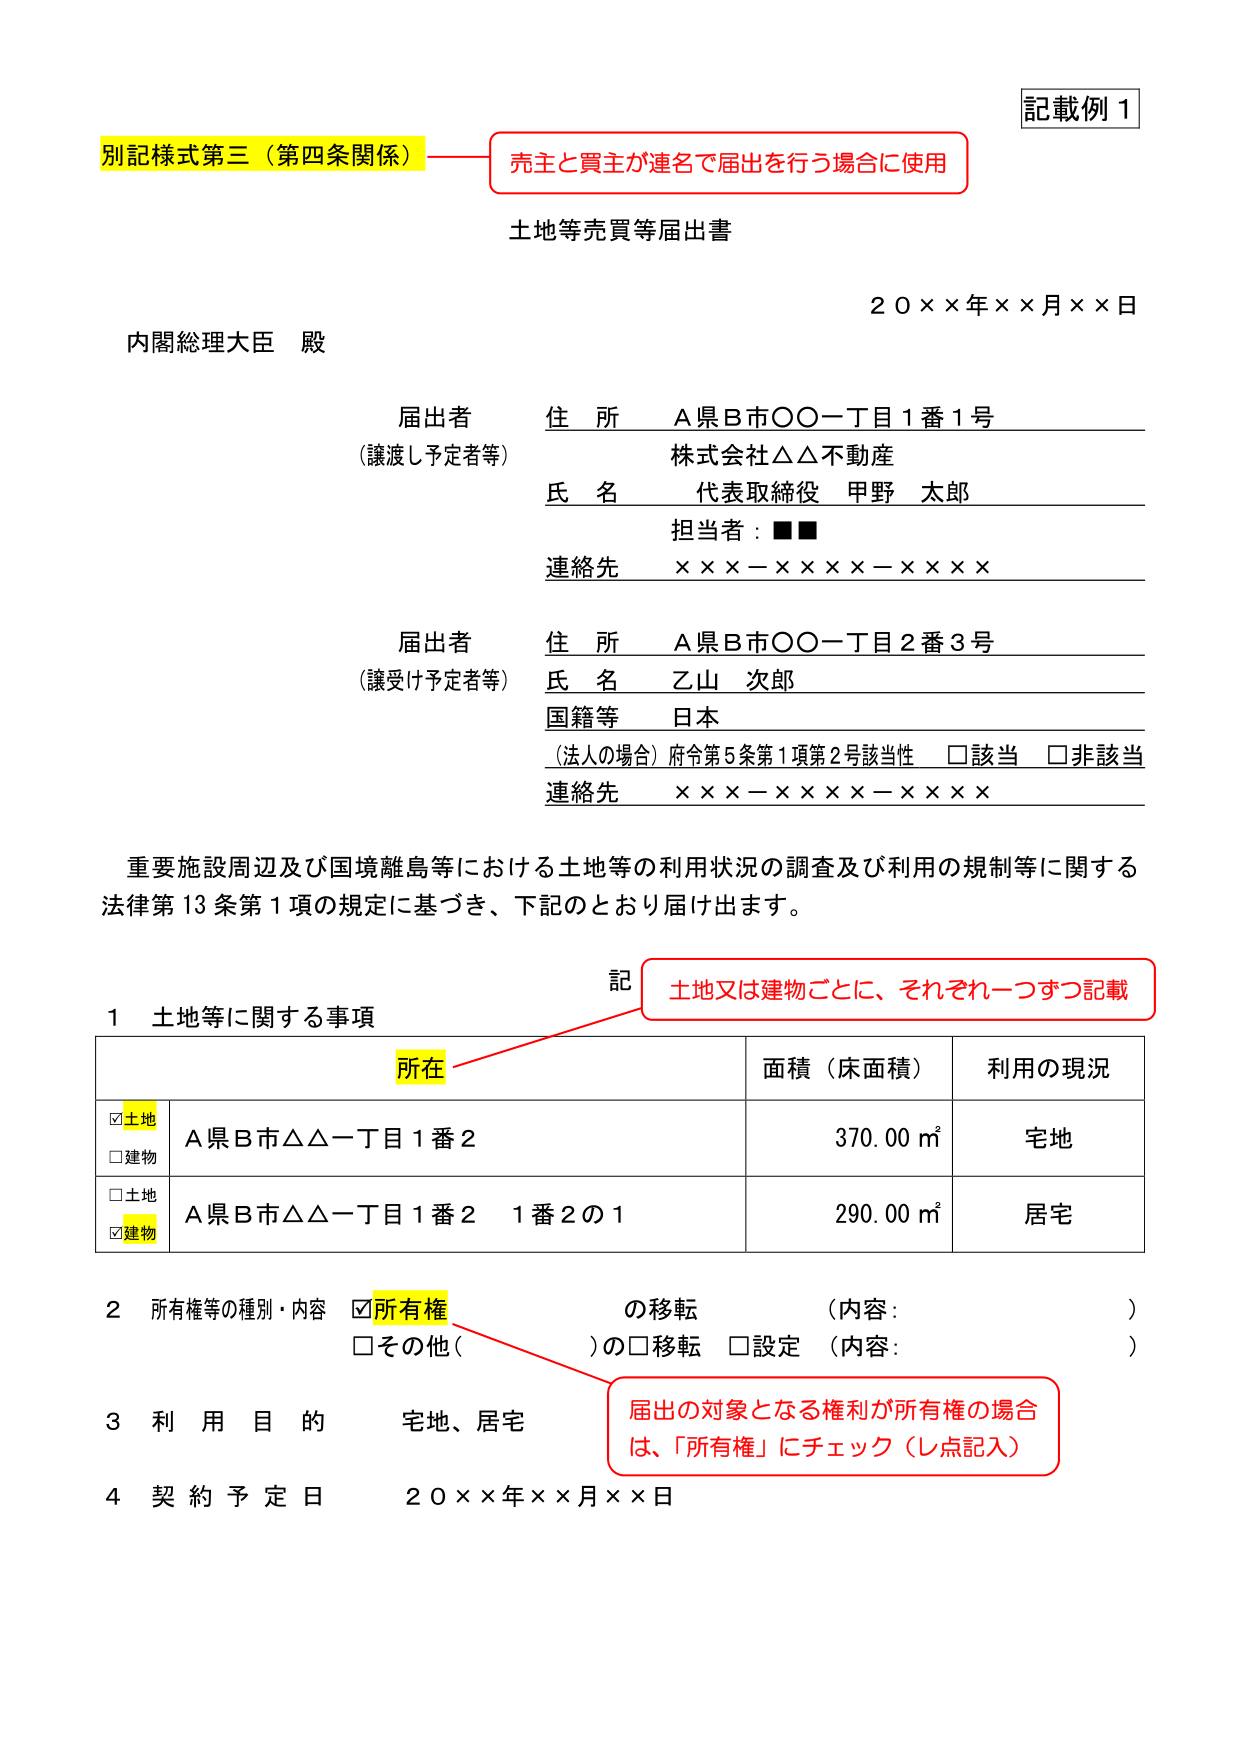
記載例１
別記様式第三（第四条関係）——売主と買主が連名で届出を行う場合に使用
土地等売買等届出書
２０××年××月××日
内閣総理大臣 殿

届出者
（譲渡し予定者等）
住所　Ａ県Ｂ市〇〇一丁目１番１号
株式会社△△不動産
氏名　代表取締役　甲野　太郎
担当者：■■
連絡先　×××－××××－××××

届出者
（譲受け予定者等）
住所　Ａ県Ｂ市〇〇一丁目２番３号
氏名　乙山　次郎
国籍等　日本
（法人の場合）府令第５条第１項第２号該当性　□該当　□非該当
連絡先　×××－××××－××××

重要施設周辺及び国境離島等における土地等の利用状況の調査及び利用の規制等に関する
法律第13条第1項の規定に基づき、下記のとおり届け出ます。

記
土地又は建物ごとに、それぞれ一つずつ記載

１　土地等に関する事項
　　所在　　　　　　　　　　　　　　　　　面積（床面積）　　　　　利用の現況
　　☑土地　　Ａ県Ｂ市△△一丁目１番２　　　　370.00㎡　　　　　　　宅地
　　□建物
　　□土地　　Ａ県Ｂ市△△一丁目１番２　１番２の１　　290.00㎡　　　　　居宅
　　☑建物

２　所有権等の種別・内容　☑所有権　の移転　（内容：　　　　　　　　）
　　　　　　　　　　　　　□その他（　　　　　　）の□移転　□設定　（内容：　　　　　　　　）

３　利用目的　宅地、居宅

４　契約予定日　２０××年××月××日

届出の対象となる権利が所有権の場合は、「所有権」にチェック（レ点記入）